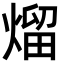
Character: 熘